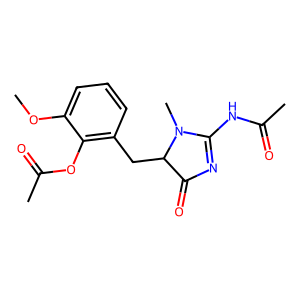
SMILES: COc1cccc(CC2C(=O)N=C(NC(C)=O)N2C)c1OC(C)=O
Inhibits HIV replication: No